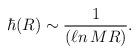
LaTeX: \begin{align*}\hbar(R) \sim \frac{1}{(\ell n\, MR)} . \end{align*}